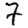
Digit: 7